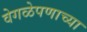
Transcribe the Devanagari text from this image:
वेगळेपणाच्या